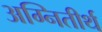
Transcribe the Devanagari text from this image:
अग्नितीर्थ